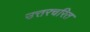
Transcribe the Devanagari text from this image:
उत्तरचरित